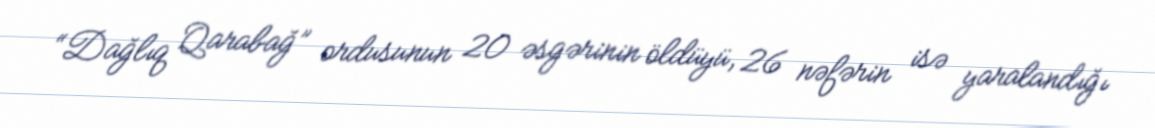
“Dağlıq Qarabağ” ordusunun 20 əsgərinin öldüyü, 26 nəfərin isə yaralandığı